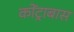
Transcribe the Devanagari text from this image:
कोंट्राबास